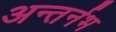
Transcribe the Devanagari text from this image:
अन्तर्नभ